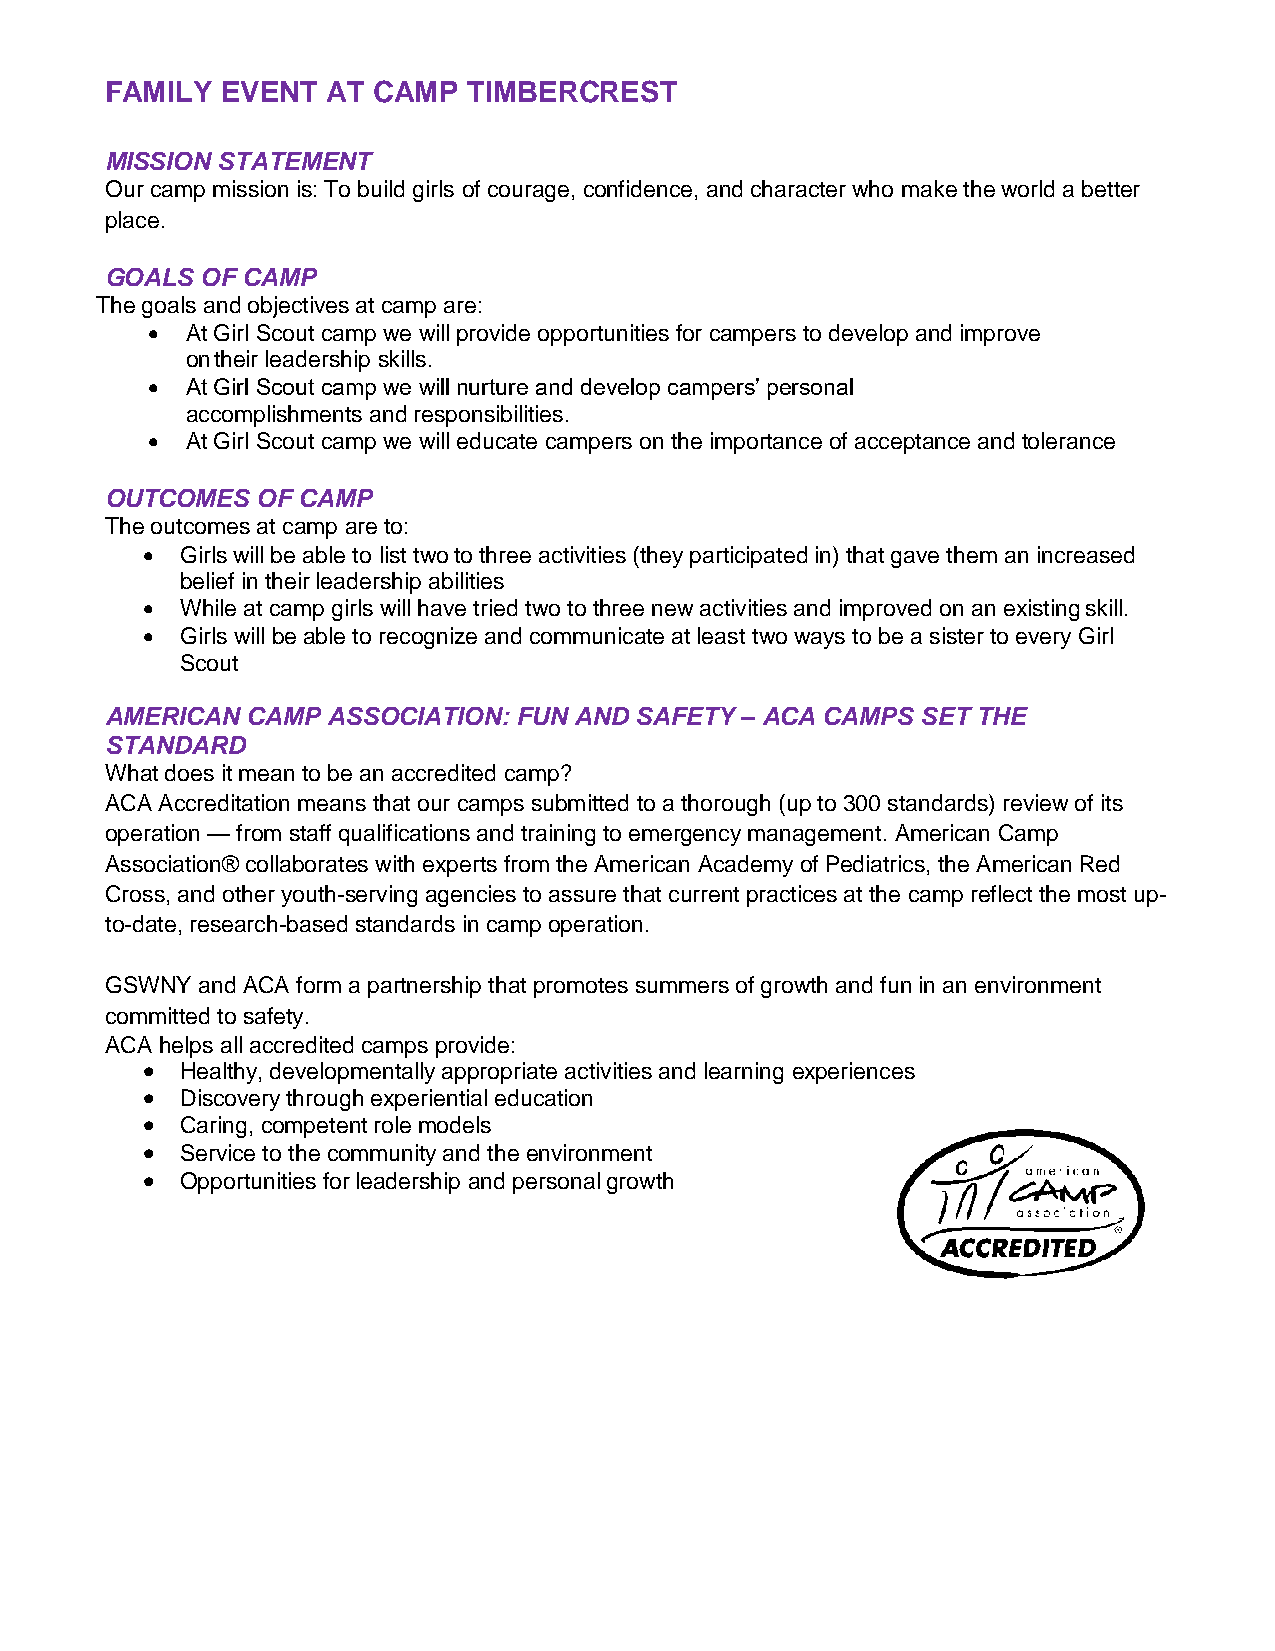
FAMILY  EVENT  AT CAMP  TIMBERCREST
 MISSION STATEMENT
 Our camp mission is: To build girls of courage, confidence, and character who make the world a better
 place.
 GOALS OF CAMP
 The goals and objectives at camp are:
  At Girl Scout camp we will provide opportunities for campers to develop and improve
 on their leadership skills.
  At Girl Scout camp we will nurture and develop campers’ personal
 accomplishments and responsibilities.
  At Girl Scout camp we will educate campers on the importance of acceptance and tolerance
 OUTCOMES  OF CAMP
 The outcomes at camp are to:
   Girls will be able to list two to three activities (they participated in) that gave them an increased
 belief in their leadership abilities
   While at camp girls will have tried two to three new activities and improved on an existing skill.
   Girls will be able to recognize and communicate at least two ways to be a sister to every Girl
 Scout
 AMERICAN CAMP  ASSOCIATION: FUN AND SAFETY – ACA CAMPS SET THE
 STANDARD
 What does it mean to be an accredited camp?
 ACA Accreditation means that our camps submitted to a thorough (up to 300 standards) review of its
 operation — from staff qualifications and training to emergency management. American Camp
 Association® collaborates with experts from the American Academy of Pediatrics, the American Red
 Cross, and other youth-serving agencies to assure that current practices at the camp reflect the most up-
 to-date, research-based standards in camp operation.
 GSWNY and ACA form a partnership that promotes summers of growth and fun in an environment
 committed to safety.
 ACA helps all accredited camps provide:
   Healthy, developmentally appropriate activities and learning experiences
   Discovery through experiential education
   Caring, competent role models
   Service to the community and the environment
   Opportunities for leadership and personal growth